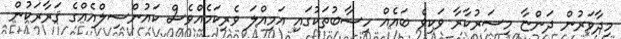
މިދާވަރުން ދަންޏާ މިސަރުކާރާ ވަކިވެ ބައެއް ހިސާބުތަކުގައި އަމިއްލަ ވެރިކަމެއްވެސް ކައުންސިލްއެއްގެ ޤަރާރަކުން